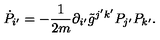
\dot { P } _ { i ^ { \prime } } = - \frac { 1 } { 2 m } \partial _ { i ^ { \prime } } \tilde { g } ^ { j ^ { \prime } k ^ { \prime } } P _ { j ^ { \prime } } P _ { k ^ { \prime } } .